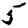
Digit: 5